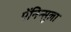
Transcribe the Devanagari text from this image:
पेंनिन्सुला